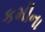
કમીના